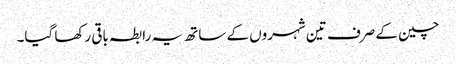
چین کے صرف تین شہروں کے ساتھ یہ رابطہ باقی رکھا گیا۔